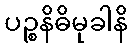
ပဉ္စနိဓိမုခါနိ